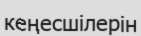
кеңесшілерін